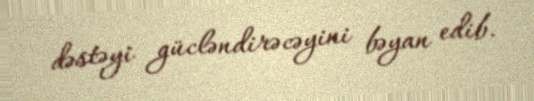
dəstəyi gücləndirəcəyini bəyan edib.